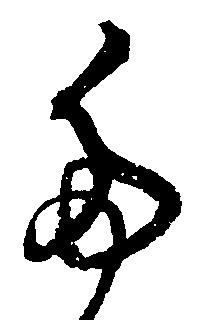
た